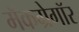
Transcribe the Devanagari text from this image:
मॅकग्रेगॉर